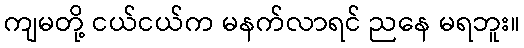
ကျမတို့ ငယ်ငယ်က မနက်လာရင် ညနေ မရဘူး။